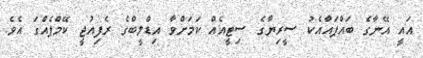
އައީ އޭނާގެ ބައްޕައާއެކު ސީރިޔާގެ ސިޓީއެއް ކަމަށްވާ އިޑްލީބްގެ ރެފިއުޖީ ކޭމްޕެއްގަ އެވެ.